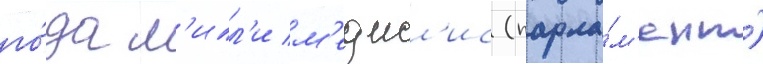
го́да м'илл'и м'еджл'ис (парла́м'ент)